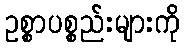
ဥစ္စာပစ္စည်းများကို